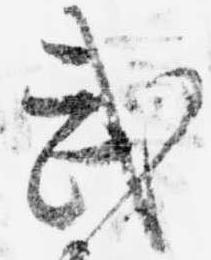
武